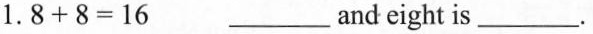
1.$$8 + 8 = 1 6$$ ___and eight is___.